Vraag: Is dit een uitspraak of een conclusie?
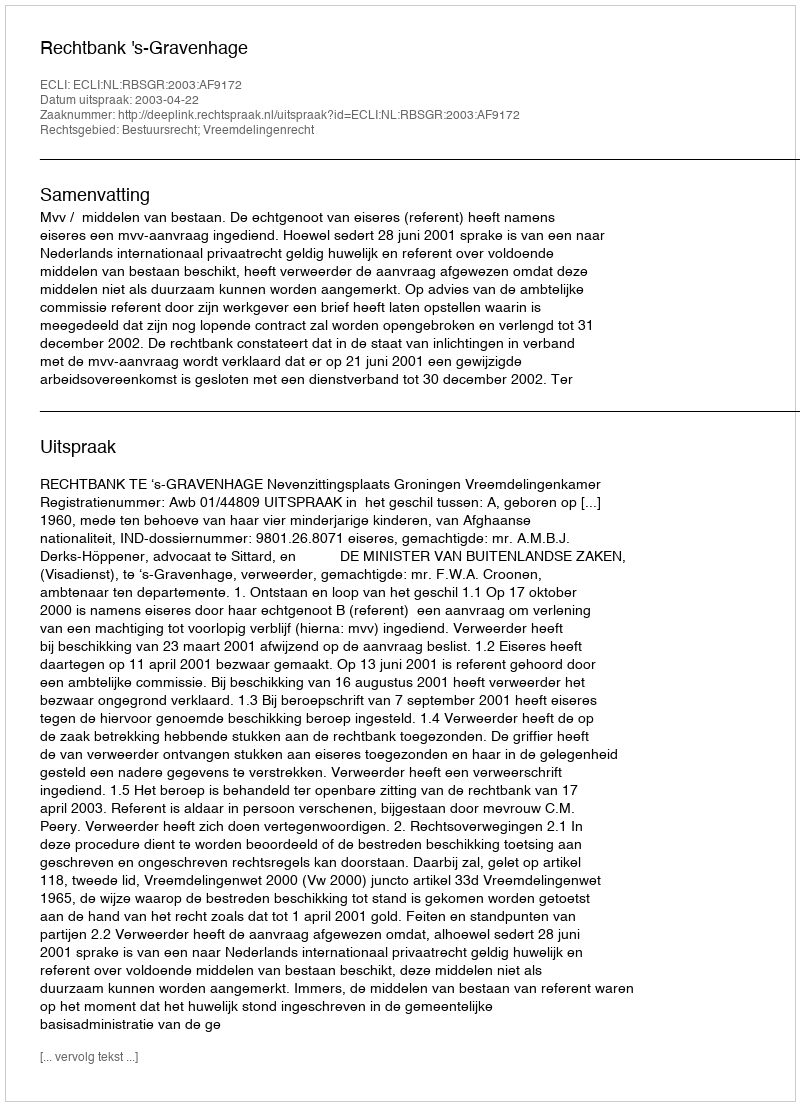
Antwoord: Uitspraak